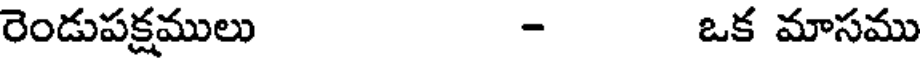
రెండుపక్షములు - ఒక మాసము